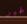
غير